Annual report of the Central Committee of the Association together with the report of the directors of the Pasteur Institute at Kasauli
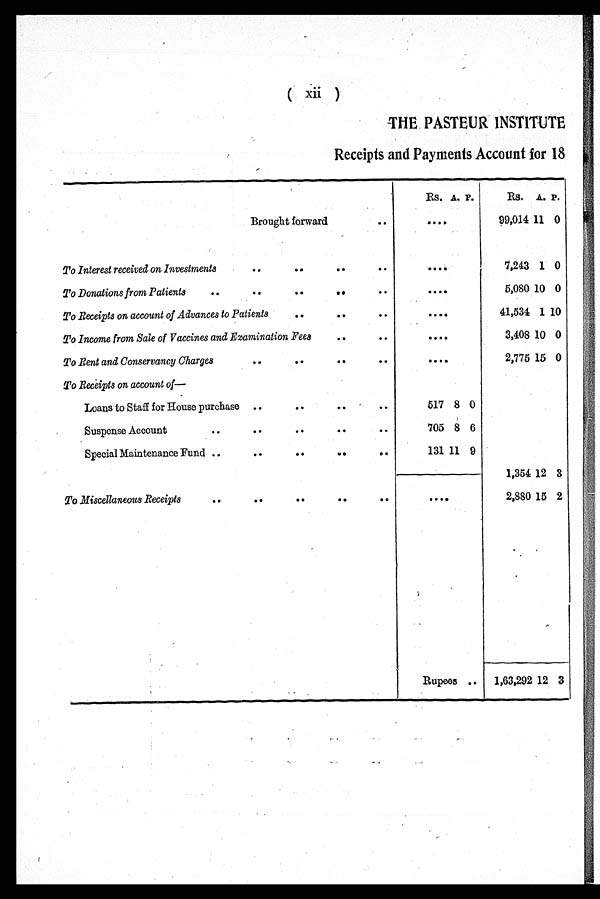
(
xii
)
THE PASTEUR INSTITUTE
Receipts and Payments Account for 18
Rs. A.. P.
Rs. A. P .
Brought forward
..
. . . .
99,014 11 0
To Interest received on Investments
.. .. .. ..
. . . .
7,243 1 0
To Donations from Patients
..
..
..
..
..
. . . .
5,080 10 0
To Receipts on account of Advances to Patients
.. .. ..
. . . .
41,534 1 10
To Income from Sale of Vaccines and Examination Fees
.. ..
. . . .
3,408 10 0
To Rent and Conservancy Charges
.. .. .. ..
. . . .
2,775 15 0
To Rea ipts on account of—
Loans to Staff for House purchase
.. .. .. ..
517 8 0
Suspense Account
.. .. .. .. ..
705 8 6
Special Maintenance Fund
.. .. .. .. ..
131 11 9
1,354 12 3
To Miscellaneous Receipts
..
..
..
..
..
. . . .
2,880 15 2
i
Rupees ..
1,63,292 12 3